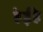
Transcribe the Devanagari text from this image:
हेईहे